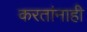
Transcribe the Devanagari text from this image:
करतांनाही